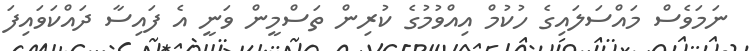
ނަމަވެސް މައްސަލައިގެ ހުކުމް އިއްވުމުގެ ކުރިން ތަސްމީން ވަނީ އެ ފައިސާ ދައްކަވައިފަ